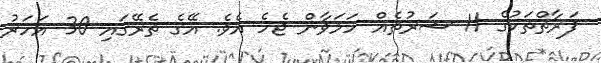
ފަރާތްތަކުގެ 11 ޝަރުތެއް ހަމަވާން ޖެހެ އެވެ. އޭގެ ތެރޭގައި 30 އަހަރު